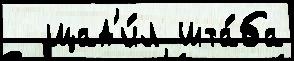
  щад'и́л шта́ба